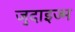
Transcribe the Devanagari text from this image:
जुदाइज्म